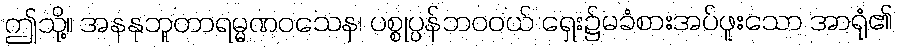
ဤသို့။ အနနုဘူတာရမ္မဏဝသေန၊ ပစ္စုပ္ပန်ဘဝဝယ် ရှေး၌မခံစားအပ်ဖူးသော အာရုံ၏